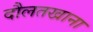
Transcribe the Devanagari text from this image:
दौलतखाना